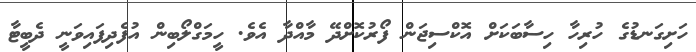
ހަށިގަނޑުގެ ހުރިހާ ހިސާބަކަށް އޮކްސިޖަން ފޯރުކޮށްދޭ މާއްދާ އެވެ. ހީމަގްލޯބިން އުފެދިފައިވަނީ ދެބީޓާ